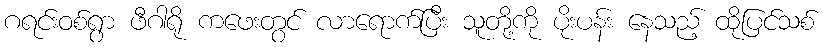
ဂရင်းဝစ်ရွာ ဖီဂါရို ကဖေးတွင် လာရောက်ပြီး သူတို့ကို ပိုးပန်း နေသည့် ထိုပြင်သစ်